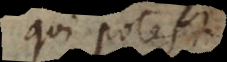
qui potest.